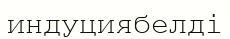
индуциябелді